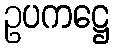
ဥပကဋ္ဌေ